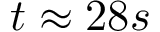
t \approx 2 8 s